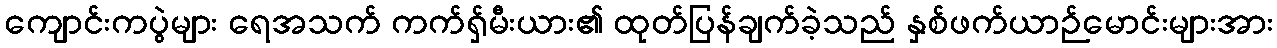
ကျောင်းကပွဲများ ရေအသက် ကက်ရှ်မီးယား၏ ထုတ်ပြန်ချက်ခဲ့သည် နှစ်ဖက်ယာဉ်မောင်းများအား